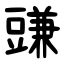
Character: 豏